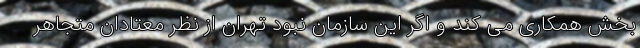
بخش همکاری می کند و اگر این سازمان نبود تهران از نظر معتادان متجاهر